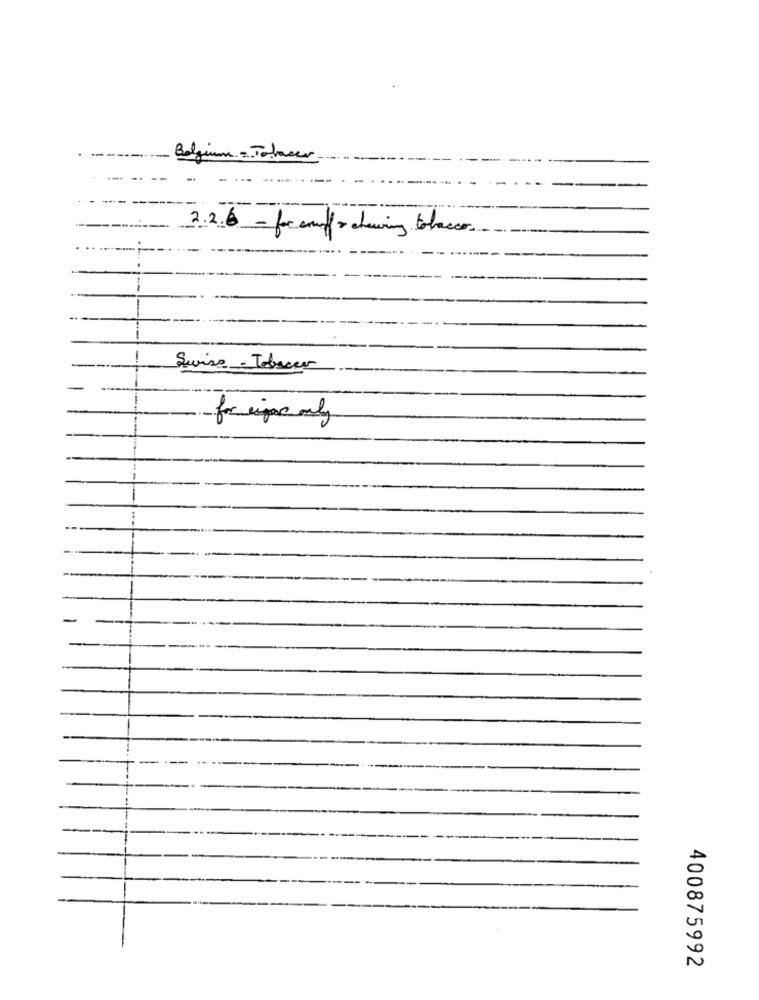
Belgium = Tolaser
--
2.2.16 - for auf chewing blanco
Suviso - Tobacco
for ipe only
400875992